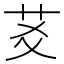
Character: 䒝